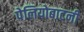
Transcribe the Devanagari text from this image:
पेलियोबाटनी